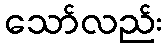
သော်လည်း